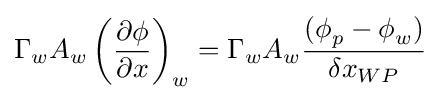
{{\Gamma {}}_{w}A_{w}\left({\frac {\partial {}\phi {}}{\partial {x}}}\right)}_{w}={\Gamma {}}_{w}A_{w}{\frac {({\phi {}}_{p}-{\phi {}}_{w})}{{\delta {}x}_{WP}}}